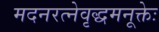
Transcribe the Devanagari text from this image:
मदनरत्नेवृद्धमनूक्तेः